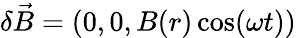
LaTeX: \delta\vec{B}=(0,0,B(r)\cos(\omega t))